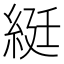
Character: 綎